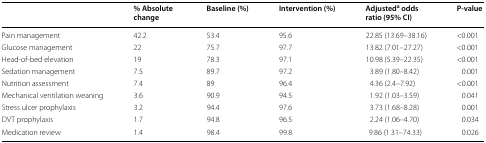
<table><thead><tr><td></td><td><b>% Absolute change</b></td><td><b>Baseline (%)</b></td><td><b>Intervention (%)</b></td><td><b>Adjusted<sup>a</sup> odds ratio (95% CI)</b></td><td><b>P-value</b></td></tr></thead><tbody><tr><td>Pain management</td><td>42.2</td><td>53.4</td><td>95.6</td><td>22.85 (13.69–38.16)</td><td>&lt;0.001</td></tr><tr><td>Glucose management</td><td>22</td><td>75.7</td><td>97.7</td><td>13.82 (7.01–27.27)</td><td>&lt;0.001</td></tr><tr><td>Head-of-bed elevation</td><td>19</td><td>78.3</td><td>97.1</td><td>10.98 (5.39–22.35)</td><td>&lt;0.001</td></tr><tr><td>Sedation management</td><td>7.5</td><td>89.7</td><td>97.2</td><td>3.89 (1.80–8.42)</td><td>0.001</td></tr><tr><td>Nutrition assessment</td><td>7.4</td><td>89</td><td>96.4</td><td>4.36 (2.4–7.92)</td><td>&lt;0.001</td></tr><tr><td>Mechanical ventilation weaning</td><td>3.6</td><td>90.9</td><td>94.5</td><td>1.92 (1.03–3.59)</td><td>0.041</td></tr><tr><td>Stress ulcer prophylaxis</td><td>3.2</td><td>94.4</td><td>97.6</td><td>3.73 (1.68–8.28)</td><td>0.001</td></tr><tr><td>DVT prophylaxis</td><td>1.7</td><td>94.8</td><td>96.5</td><td>2.24 (1.06–4.70)</td><td>0.034</td></tr><tr><td>Medication review</td><td>1.4</td><td>98.4</td><td>99.8</td><td>9.86 (1.31–74.33)</td><td>0.026</td></tr></tbody></table>